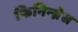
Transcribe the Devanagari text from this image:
फिनिन्ग्नेस